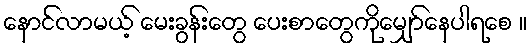
နောင်လာမယ့် မေးခွန်းတွေ ပေးစာတွေကိုမျှော်နေပါရစေ ။